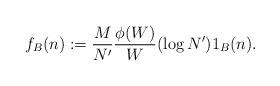
LaTeX: \begin{align*}f_B (n) := \frac{M}{N'} \frac{\phi (W)}{W} (\log N') 1_B (n).\end{align*}